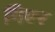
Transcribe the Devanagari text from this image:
गिएर